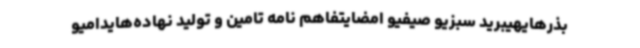
بذرهایهیبرید سبزیو صیفیو امضایتفاهم نامه تامین و تولید نهاده‌هایدامیو